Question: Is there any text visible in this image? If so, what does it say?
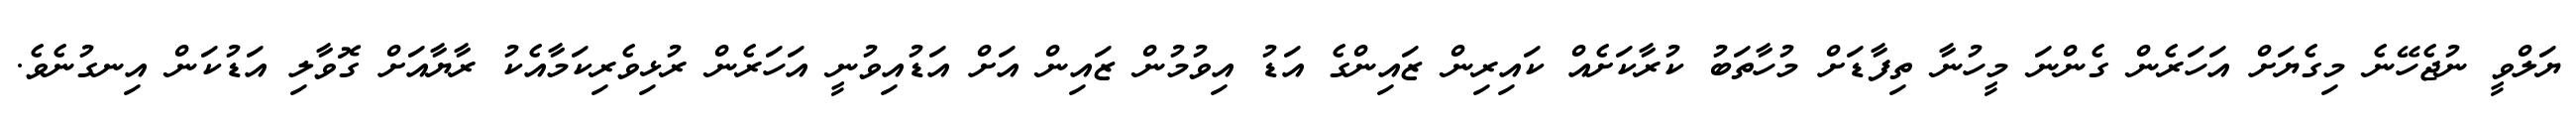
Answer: ޔަލްވީ ނުޖެހޭނެ މިގެޔަށް އަހަރެން ގެންނަ މީހުނާ ތިފާޑަށް މުހާތަބު ކުރާކަށެއް ކައިރިން ޒައިންގެ އަޑު އިވުމުން ޒައިން އަށް އަޑުއިވުނީ އަހަރެން ރުޅިވެރިކަމާއެކު ރާޔާއަށް ގޮވާލި އަޑުކަން އިނގުނެވެ.